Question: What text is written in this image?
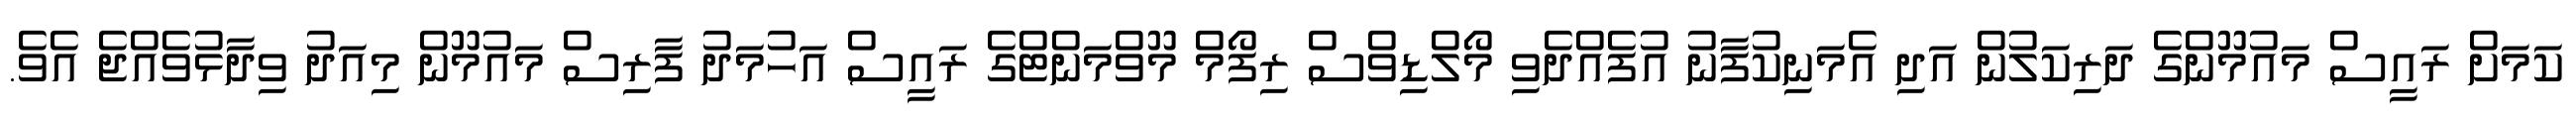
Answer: ކަމަށް ރައީސް މައުމޫންގެ ދަރިކަލުން އަދި އެމަނިކުފާނު އުފެއްދެވި މޯލްޑިވްސް ރިފޯމް މޫވްމަންޓްގެ ރައީސް އަހުމަދު ފާރިސް މައުމޫން މިއަދު ވިދާޅުވެއްޖެ އެވެ.